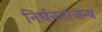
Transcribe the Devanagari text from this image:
निर्धनताजन्य